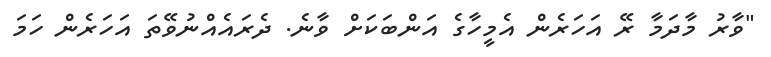
"ވާރު މާދަމާ ރޭ އަހަރެން އެމީހާގެ އަންބަކަށް ވާނެ. ދެރައެއްނުވޭތަ އަހަރެން ހަމަ